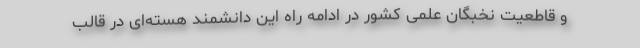
و قاطعیت نخبگان علمی کشور در ادامه راه این دانشمند هسته‌ای در قالب